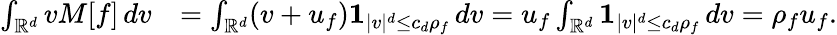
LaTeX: \begin{array}{rl}{\int_{\mathbb{R}^{d}}vM[f]\, dv}&{=\int_{\mathbb{R}^{d}}(v+u_{f})\mathbf{1}_{|v|^{d}\le c_{d}\rho_{f}}\, dv=u_{f}\int_{\mathbb{R}^{d}}\mathbf{1}_{|v|^{d}\le c_{d}\rho_{f}}\, dv=\rho_{f}u_{f}.}\end{array}